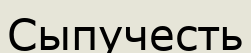
Сыпучесть